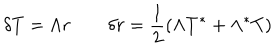
LaTeX: \delta T = \Lambda r \qquad \delta r = { \frac { 1 } { 2 } } ( \Lambda T ^ { * } + \Lambda ^ { * } T )